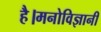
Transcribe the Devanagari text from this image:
है।मनोविज्ञानी